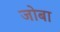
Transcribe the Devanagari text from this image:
जोबा